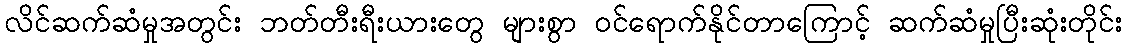
လိင်ဆက်ဆံမှုအတွင်း ဘတ်တီးရီးယားတွေ များစွာ ဝင်ရောက်နိုင်တာကြောင့် ဆက်ဆံမှုပြီးဆုံးတိုင်း